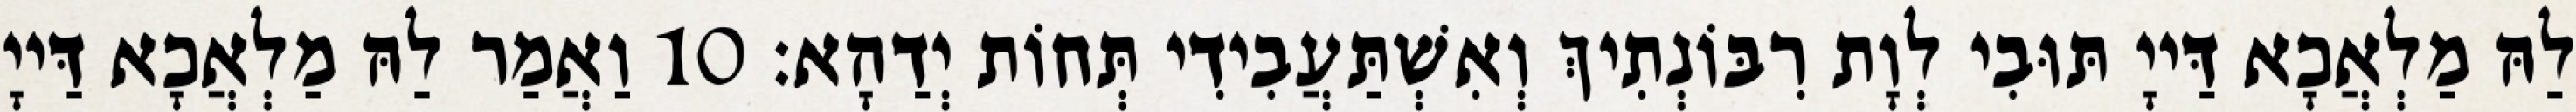
לַהּ מַלְאֲכָא דַּייָ תּוּבִי לְוָת רִבּוֹנְתִיךְ וְאִשְׁתַּעֲבִידִי תְּחוֹת יְדַהָא׃ 10 וַאֲמַר לַהּ מַלְאֲכָא דַּייָ